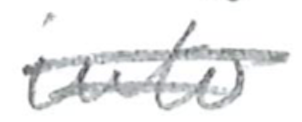
Text: into
Cross-out: double-line
Writing tool: pencil